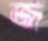
জ